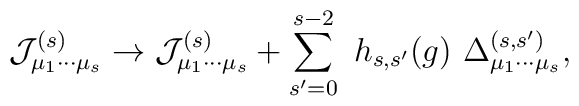
{\cal J}_{\mu _{1}\cdots \mu _{s}}^{(s)}\rightarrow {\cal J}_{\mu _{1}\cdots\mu _{s}}^{(s)}+\sum_{s^{\prime }=0}^{s-2}\ h_{s,s^{\prime }}(g)\ \Delta_{\mu _{1}\cdots \mu _{s}}^{(s,s^{\prime })},